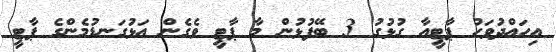
އިހައްދުވަހު ޕާޓީއާ ގުޅުގު 3 ބޭފުޅުން މާ ޕާޓީ ވެގެން އަޅުގަނޑުމެންގެ ޕާޓީ